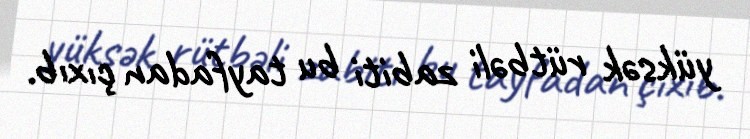
yüksək rütbəli zabiti bu tayfadan çıxıb.